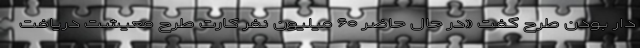
دار بودن طرح گفت «در حال حاضر ۶۰ میلیون نفر کارت طرح معیشت دریافت